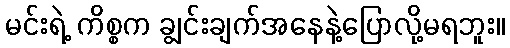
မင်းရဲ့ ကိစ္စက ချွင်းချက်အနေနဲ့ပြောလို့မရဘူး။